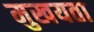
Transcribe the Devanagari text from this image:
मुखयता